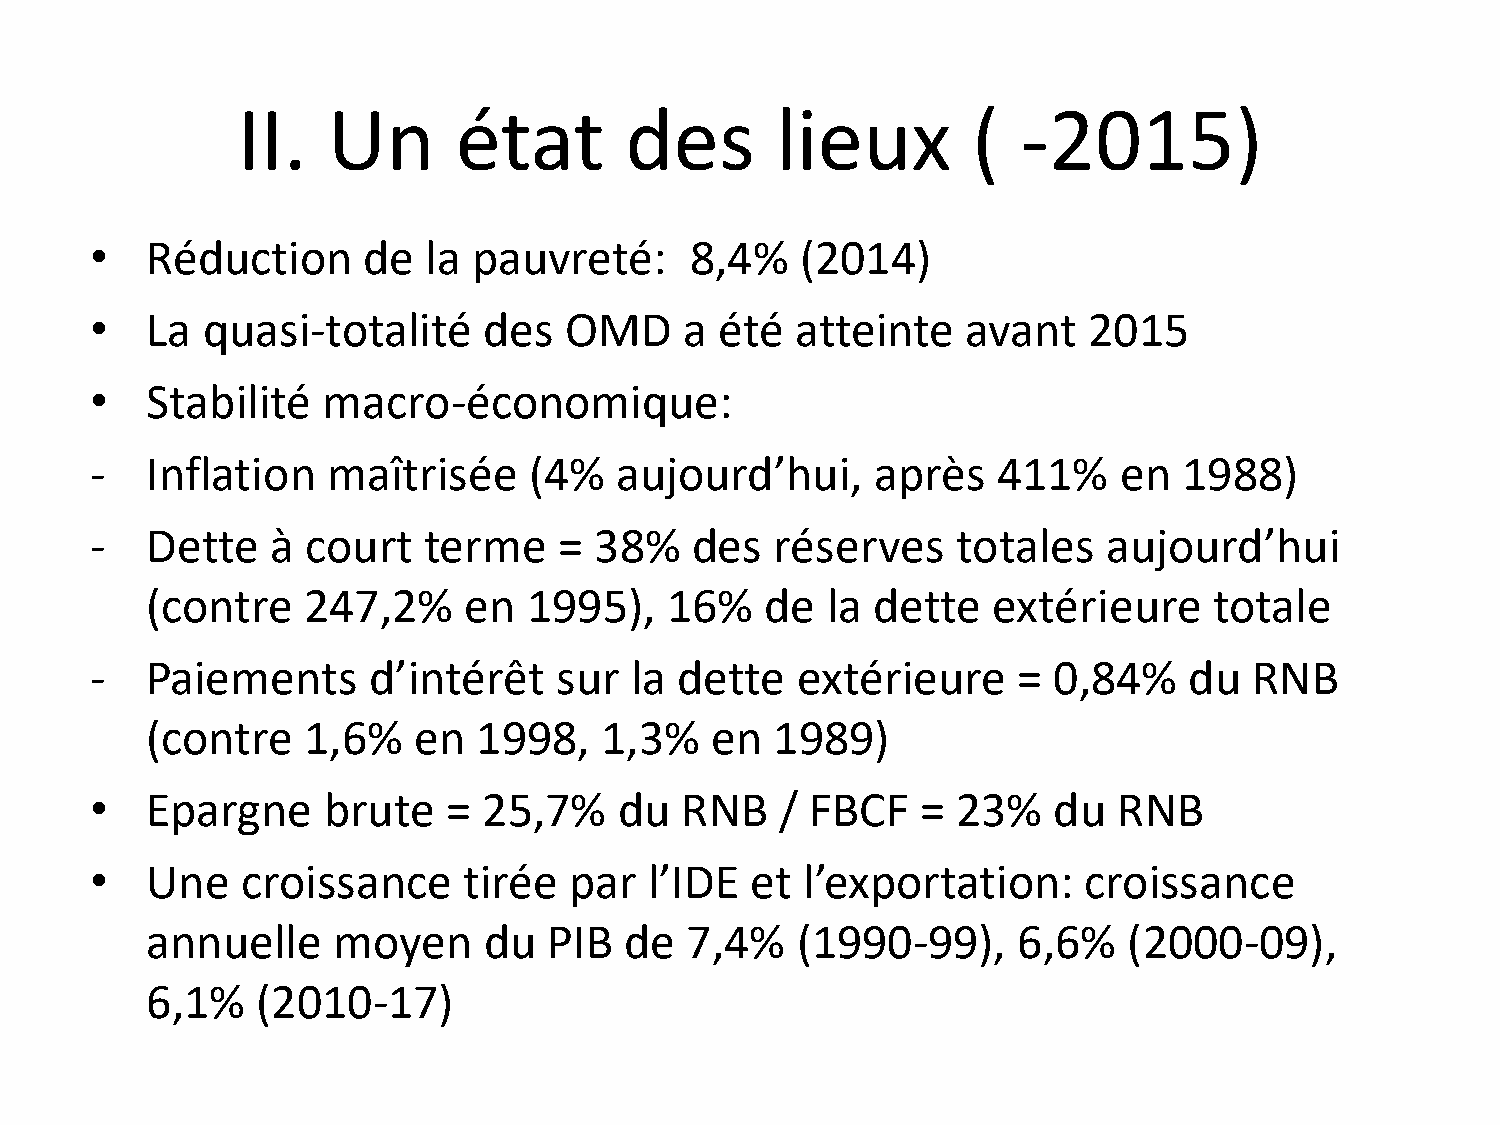
II.   Un      état       des       lieux        (   -2015)
 •   Réduction     de  la pauvreté:      8,4%   (2014)
 •   La quasi-totalité     des  OMD     a  été  atteinte   avant   2015
 •   Stabilité  macro-économique:
 -   Inflation   maîtrisée    (4%   aujourd’hui,     après   411%    en  1988)
 -   Dette   à court   terme    = 38%    des  réserves    totales   aujourd’hui
 (contre   247,2%     en  1995),   16%    de  la dette   extérieure    totale
 -   Paiements     d’intérêt    sur  la dette   extérieure    =  0,84%    du  RNB
 (contre   1,6%   en   1998,   1,3%   en  1989)
 •   Epargne    brute    = 25,7%    du  RNB    / FBCF   = 23%    du  RNB
 •   Une   croissance     tirée  par  l’IDE  et l’exportation:     croissance
 annuelle    moyen     du  PIB  de  7,4%    (1990-99),    6,6%    (2000-09),
 6,1%   (2010-17)